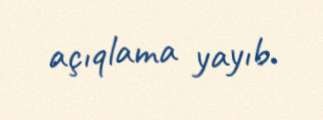
açıqlama yayıb.